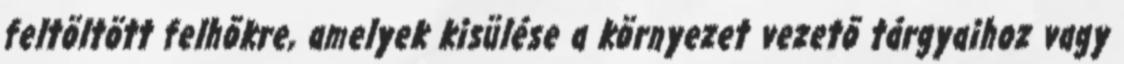
feltöltött felhõkre, amelyek kisülése a környezet vezetõ tárgyaihoz vagy